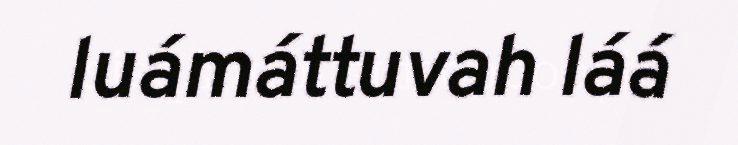
luámáttuvah láá